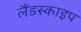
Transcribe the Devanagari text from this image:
लैंडस्काइप